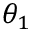
\theta _ { 1 }